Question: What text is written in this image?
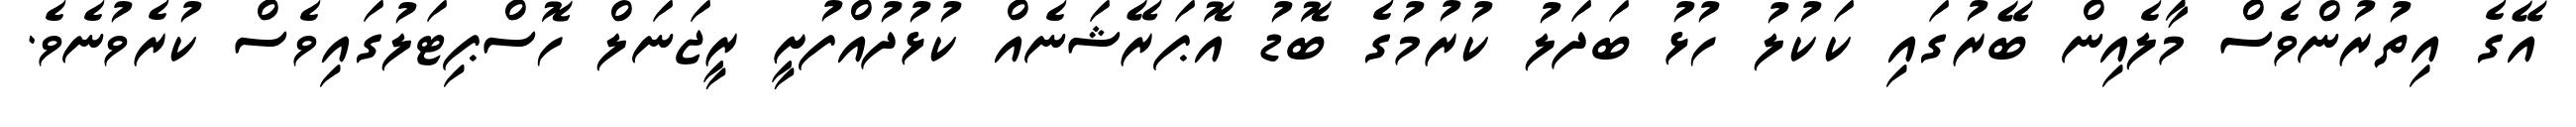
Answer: އޭގެ އިތުރުންވެސް މާލެއިން ބޭރުގައި ކަކުލު ހުޅު ބަދަލު ކުރުމުގެ ބޮޑު އޮޕަރޭޝަނެއް ކުޅުދުއްފުށީ ރީޖަނަލް ހޮސްޕިޓަލުގައިވެސް ކުރެވުނެވެ.